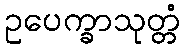
ဥပေက္ခာသုတ္တံ